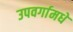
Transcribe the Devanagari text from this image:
उपवर्गामधे